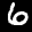
Label: 6